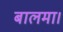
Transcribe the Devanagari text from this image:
बालमा।